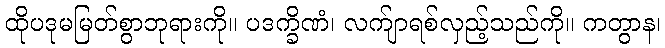
ထိုပဒုမမြတ်စွာဘုရားကို။ ပဒက္ခိဏံ၊ လက်ျာရစ်လှည့်သည်ကို။ ကတွာန၊